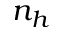
n _ { h }